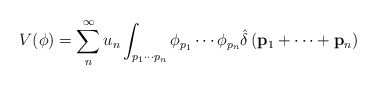
\begin{align*}V(\phi )=\sum_{n}^{\infty }u_{n}\int_{p_{1}\cdots p_{n}}\phi _{p_{1}}\cdots\phi _{p_{n}}\hat{\delta}\left( {\bf p}_{1}+\cdots +{\bf p}_{n}\right)\end{align*}